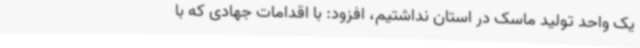
یک واحد تولید ماسک در استان نداشتیم، افزود: با اقدامات جهادی که با